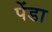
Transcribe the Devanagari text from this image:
पेंडा